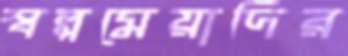
স্বল্পমেয়াদির